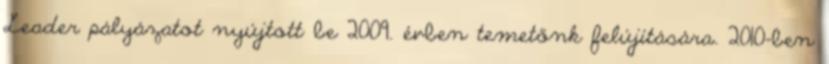
Leader pályázatot nyújtott be 2009. évben temetőnk felújítására. 2010-ben